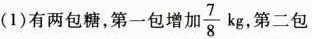
(1)有两包糖，第一包增加\frac{7}{8}kg第二包